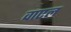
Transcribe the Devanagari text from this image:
वाएल